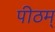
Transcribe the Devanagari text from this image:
पीठम्